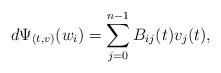
LaTeX: \begin{align*}d\Psi_{(t,v)}(w_i)=\sum_{j=0}^{n-1}B_{ij}(t)v_j(t),\end{align*}